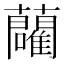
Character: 𬟢